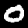
Label: 0